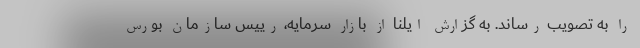
را به تصویب رساند. به گزارش ایلنا از بازار سرمایه، رییس سازمان بورس